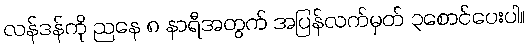
လန်ဒန်ကို ညနေ ၈ နာရီအတွက် အပြန်လက်မှတ် ၃စောင်ပေးပါ။